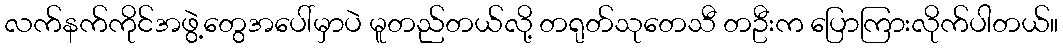
လက်နက်ကိုင်အဖွဲ့တွေအပေါ်မှာပဲ မူတည်တယ်လို့ တရုတ်သုတေသီ တဦးက ပြောကြားလိုက်ပါတယ်။